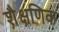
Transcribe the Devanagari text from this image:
शै़क्षणिक